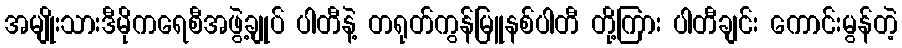
အမျိုးသားဒီမိုကရေစီအဖွဲ့ချုပ် ပါတီနဲ့ တရုတ်ကွန်မြူနစ်ပါတီ တို့ကြား ပါတီချင်း ကောင်းမွန်တဲ့